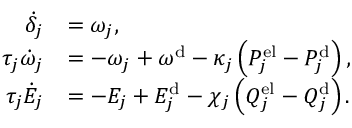
\begin{array} { r l } { \dot { \delta } _ { j } } & { = \omega _ { j } , } \\ { \tau _ { j } \dot { \omega } _ { j } } & { = - \omega _ { j } + \omega ^ { \mathrm { d } } - \kappa _ { j } \left( P _ { j } ^ { \mathrm { e l } } - P _ { j } ^ { \mathrm { d } } \right) , } \\ { \tau _ { j } \dot { E } _ { j } } & { = - E _ { j } + E _ { j } ^ { \mathrm { d } } - \chi _ { j } \left( Q _ { j } ^ { \mathrm { e l } } - Q _ { j } ^ { \mathrm { d } } \right) . } \end{array}